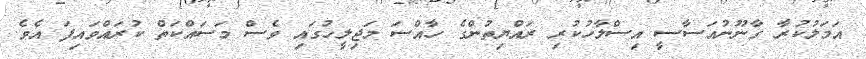
އަމަލުކުރާ ގާނޫނުއަސާސީ އިސްލާހުކުރި ރައްޔިތުންގެ ހާއްސަ މަޖިލީހުގައި ވެސް މަސައްކަތް ކުރައްވައިފަ އެވެ.